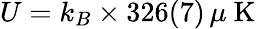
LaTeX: U=k_{B}\times 326(7)\, \mu\mathrm{~K~}